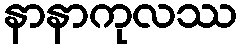
နာနာကုလဿ